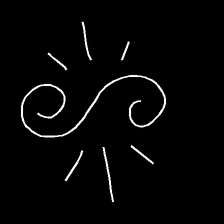
Glyph: wind-directs-air